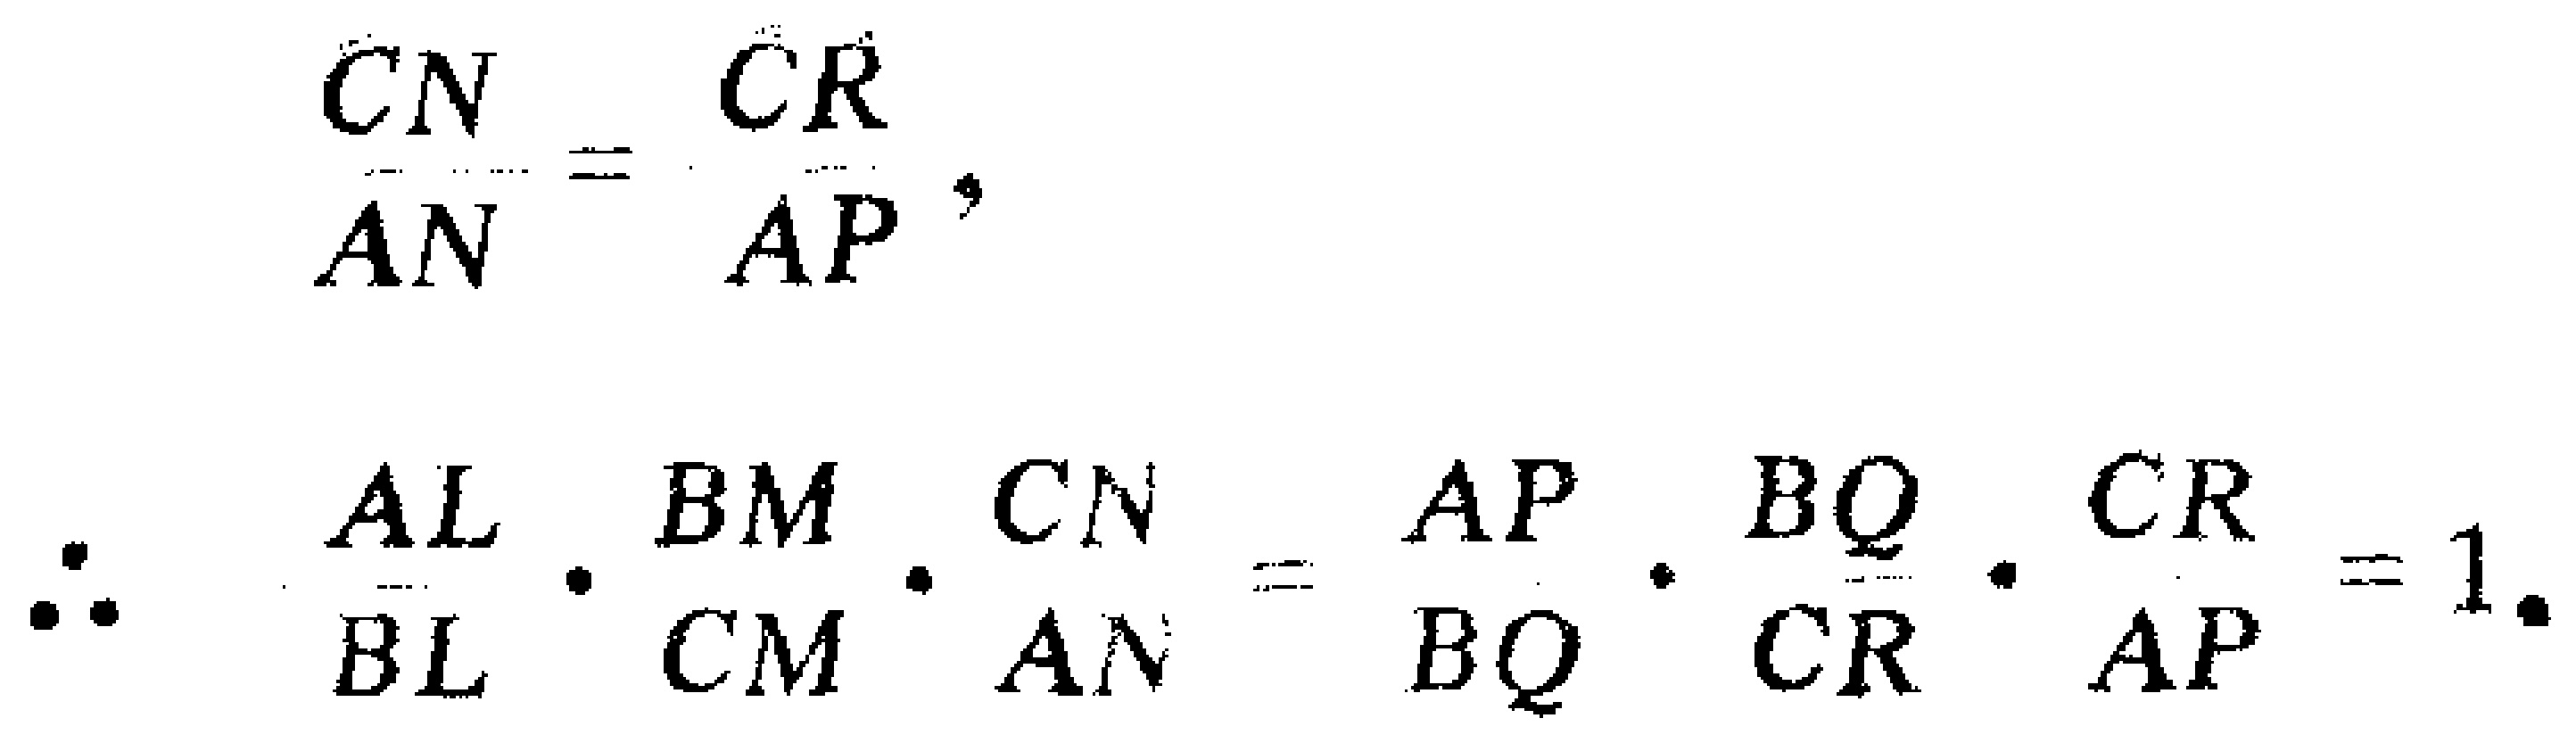
\[

\frac{CN}{AN}=\frac{CR}{AP},

\]

\[

\therefore \frac{AL}{BL}\cdot\frac{BM}{CM}\cdot\frac{CN}{AN}=\frac{AP}{BQ}\cdot\frac{BQ}{CR}\cdot\frac{CR}{AP}=1.

\]